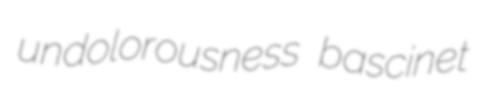
undolorousness bascinet